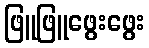
ဖြူဖြူဖွေးဖွေး